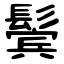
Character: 鬓